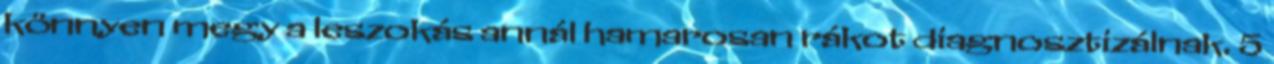
könnyen megy a leszokás annál hamarosan rákot diagnosztizálnak. 5